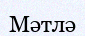
Мәтлә